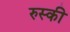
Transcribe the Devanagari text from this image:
रुस्की